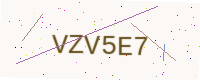
Text: VZV5E7